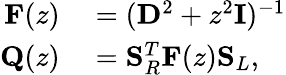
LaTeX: \begin{array}{rl}{\mathbf{F}(z)}&{{}=(\mathbf{D}^{2}+z^{2}\mathbf{I})^{-1}}\\ {\mathbf{Q}(z)}&{{}=\mathbf{S}_{R}^{T}\mathbf{F}(z)\mathbf{S}_{L},}\end{array}